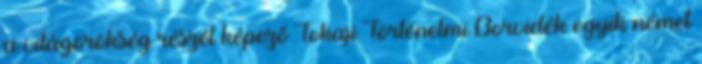
a világörökség részét képező Tokaji Történelmi Borvidék egyik német